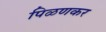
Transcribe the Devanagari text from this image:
पिळणकर